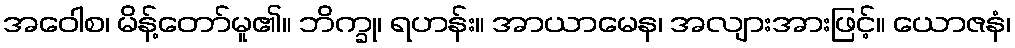
အဝေါစ၊ မိန့်တော်မူ၏။ ဘိက္ခု၊ ရဟန်း။ အာယာမေန၊ အလျားအားဖြင့်။ ယောဇနံ၊